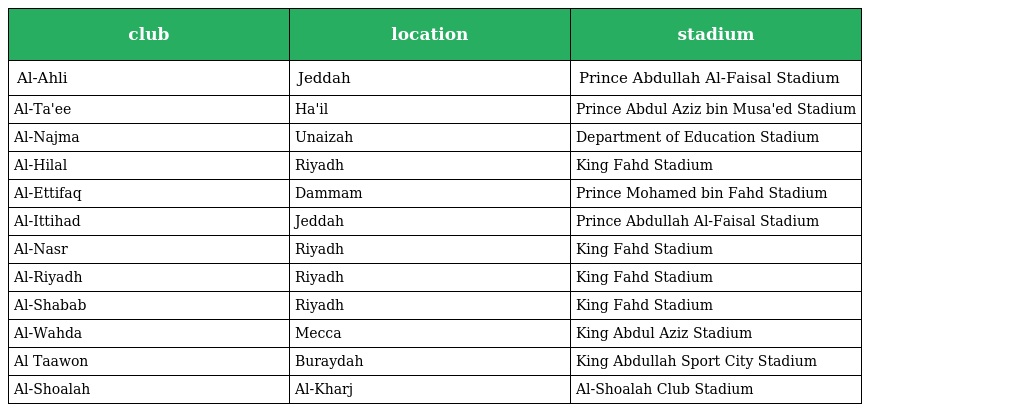
| club | location | stadium |
 | --- | --- | --- |
 | Al-Ahli | Jeddah | Prince Abdullah Al-Faisal Stadium |
 | Al-Ta'ee | Ha'il | Prince Abdul Aziz bin Musa'ed Stadium |
 | Al-Najma | Unaizah | Department of Education Stadium |
 | Al-Hilal | Riyadh | King Fahd Stadium |
 | Al-Ettifaq | Dammam | Prince Mohamed bin Fahd Stadium |
 | Al-Ittihad | Jeddah | Prince Abdullah Al-Faisal Stadium |
 | Al-Nasr | Riyadh | King Fahd Stadium |
 | Al-Riyadh | Riyadh | King Fahd Stadium |
 | Al-Shabab | Riyadh | King Fahd Stadium |
 | Al-Wahda | Mecca | King Abdul Aziz Stadium |
 | Al Taawon | Buraydah | King Abdullah Sport City Stadium |
 | Al-Shoalah | Al-Kharj | Al-Shoalah Club Stadium |